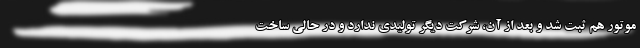
موتور هم ثبت شد و بعد از آن، شرکت دیگر تولیدی ندارد و در حالی ساخت